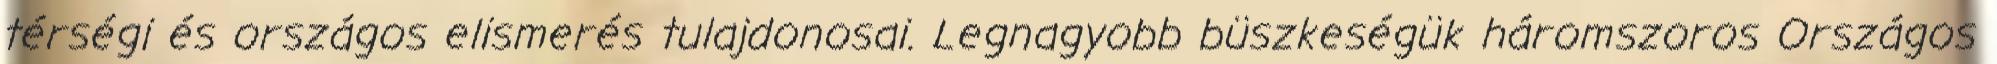
térségi és országos elismerés tulajdonosai. Legnagyobb büszkeségük háromszoros Országos